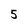
Character: 5